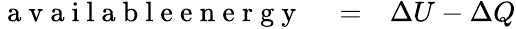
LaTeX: \begin{array}{rlr}{\mathrm{~a~v~a~i~l~a~b~l~e~e~n~e~r~g~y~}}&{{}=}&{\Delta U-\Delta Q}\end{array}